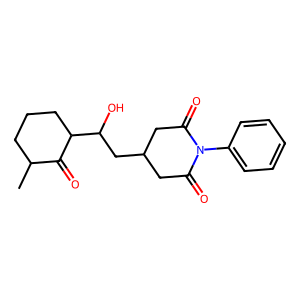
SMILES: CC1CCCC(C(O)CC2CC(=O)N(c3ccccc3)C(=O)C2)C1=O
Inhibits HIV replication: No